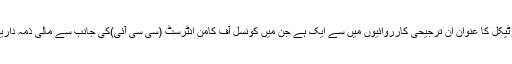
میرے اس آرٹیکل کا عنوان ان ترجیحی کارروائیوں میں سے ایک ہے جن میں کونسل آف کامن انٹرسٹ (سی سی آئی)کی جانب سے مالی ذمہ داریاں شامل ہیں۔